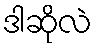
ဒါဆိုလဲ